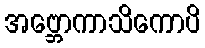
အဗ္ဘောကာသိကောပိ